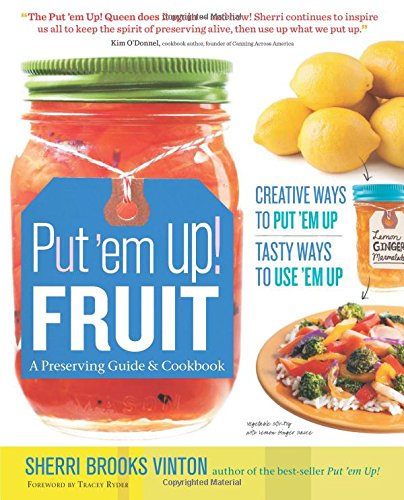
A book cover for Put 'em Up! Fruit: A Preserving Guide & Cookbook: Creative Ways to Put 'em Up, Tasty Ways to Use 'em Up; Sherri Brooks Vinton; Cookbooks, Food & Wine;